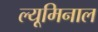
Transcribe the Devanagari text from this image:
ल्यूमिनाल